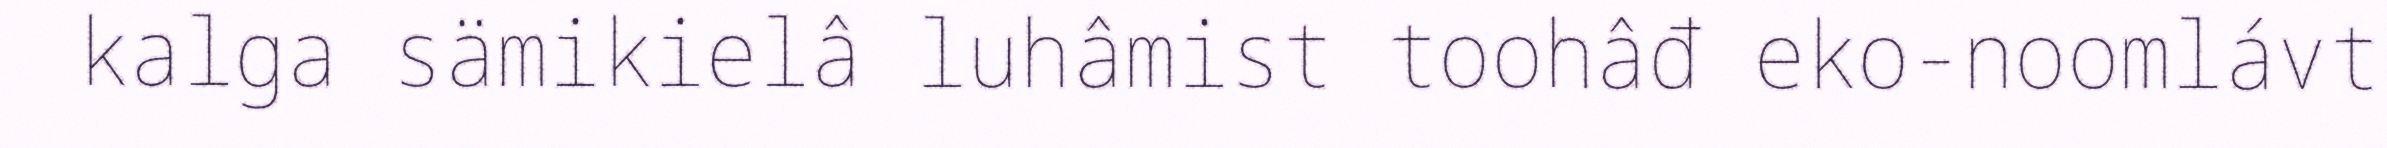
kalga sämikielâ luhâmist toohâđ eko-noomlávt